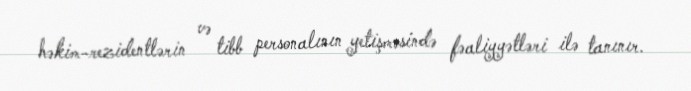
həkim-rezidentlərin və tibb personalının yetişməsində fəaliyyətləri ilə tanınır.